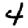
Digit: 4